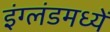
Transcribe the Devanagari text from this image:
इंग्लंडमध्यें